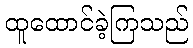
ထူထောင်ခဲ့ကြသည်